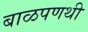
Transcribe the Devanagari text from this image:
बाळपणथी